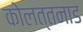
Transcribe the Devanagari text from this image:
कोलत्तनाड